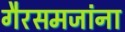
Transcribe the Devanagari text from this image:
गैरसमजांना